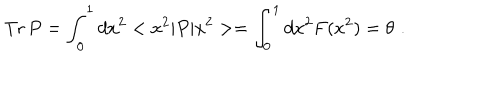
\mathrm { T r } \, P = \int _ { 0 } ^ { 1 } d x ^ { 2 } < x ^ { 2 } | P | x ^ { 2 } > = \int _ { 0 } ^ { 1 } d x ^ { 2 } F ( x ^ { 2 } ) = \theta \, \, .